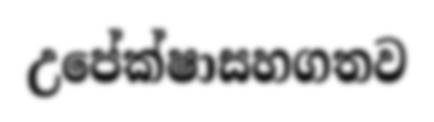
උපේක්ෂාසහගතව